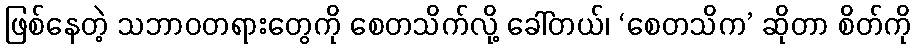
ဖြစ်နေတဲ့ သဘာဝတရားတွေကို စေတသိက်လို့ ခေါ်တယ်၊ ‘စေတသိက’ ဆိုတာ စိတ်ကို